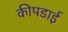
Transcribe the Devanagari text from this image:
कीपडाई